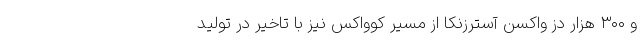
و ۳۰۰ هزار دز واکسن آسترزنکا از مسیر کوواکس نیز با تاخیر در تولید